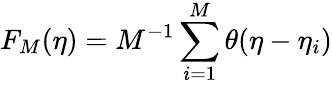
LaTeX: F_{M}(\eta)=M^{-1}\sum_{i=1}^{M}\theta(\eta-\eta_{i})